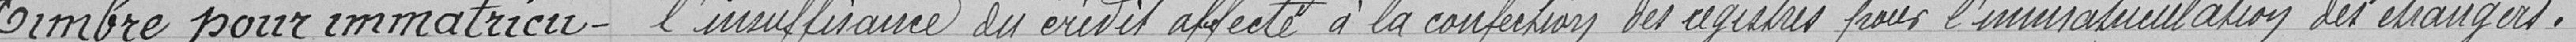
Timbre pour immatricu- l'insuffisance du crédit affecté à la conception des registres pour l'immatriculation des étrangers.